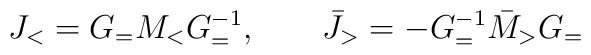
J_<=G_=M_<G_=^{-1},~~~~~~\bar{J}_>=-G^{-1}_=\bar{M}_>G_=